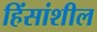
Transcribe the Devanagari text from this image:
हिंसांशील